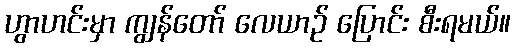
ဟွာဟင်းမှာ ကျွန်တော် လေယာဉ် ပြောင်း စီးရမယ်။